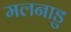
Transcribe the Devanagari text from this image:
मलनाडु